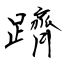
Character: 躋